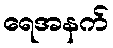
ရေအနက်